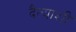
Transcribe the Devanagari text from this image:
दैत्याशी